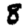
Digit: 8